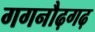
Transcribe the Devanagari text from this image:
गगनौढ़गढ़